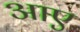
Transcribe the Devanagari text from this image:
अाए